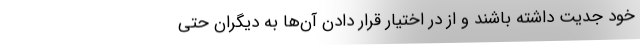
خود جدیت داشته باشند و از در اختیار قرار دادن آن‌ها به دیگران حتی